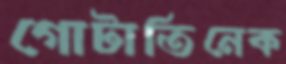
গোটাতিনেক